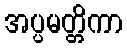
အပ္ပမတ္တိကာ